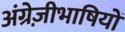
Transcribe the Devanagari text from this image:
अंग्रेज़ीभाषियों